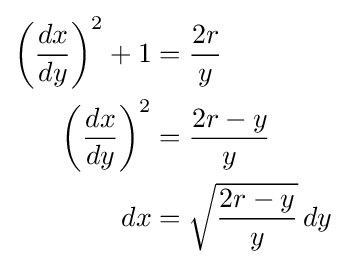
{\begin{aligned}\left({\frac {dx}{dy}}\right)^{2}+1&={\frac {2r}{y}}\\\left({\frac {dx}{dy}}\right)^{2}&={\frac {2r-y}{y}}\\dx&={\sqrt {\frac {2r-y}{y}}}\,dy\end{aligned}}